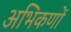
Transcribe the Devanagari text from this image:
अभिकणों